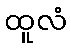
ထူလံ